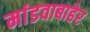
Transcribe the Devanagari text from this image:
मांडवाबाहेर